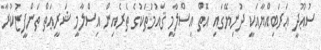
ސުޢޫދީ ޢަރަބިއްޔާއަކީ ދުނިޔޭގައި އޮތް އިސްލާމީ ޤައުމުތަކުގެ ތެރެއިން އިސްލާމީ ޝަރީޢަތް ތަންފީޒުކުރާ